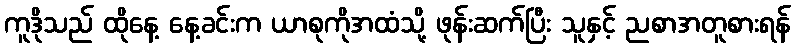
ကူဒိုသည် ထိုနေ့ နေ့ခင်းက ယာစုကိုအထံသို့ ဖုန်းဆက်ပြီး သူနှင့် ညစာအတူစားရန်